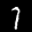
Label: 7